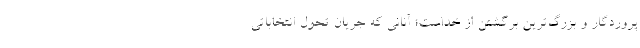
پروردگار و بزرگ‌ترین برگشتن از خداست؛ آنانی که جریان تحول انتخاباتی